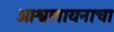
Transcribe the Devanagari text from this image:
आश्वलायनाचा